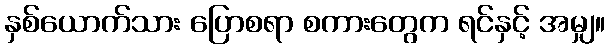
နှစ်ယောက်သား ပြောစရာ စကားတွေက ရင်နှင့် အမျှ။